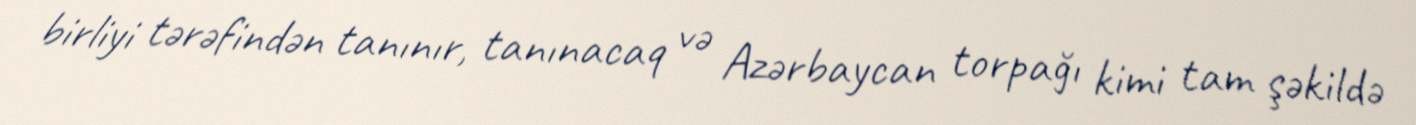
birliyi tərəfindən tanınır, tanınacaq və Azərbaycan torpağı kimi tam şəkildə